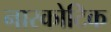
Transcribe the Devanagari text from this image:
नारकोटिक